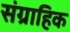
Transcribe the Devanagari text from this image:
संग्राहिक